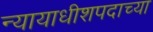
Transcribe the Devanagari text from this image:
न्यायाधीशपदाच्या